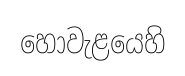
හොවැළයෙහි